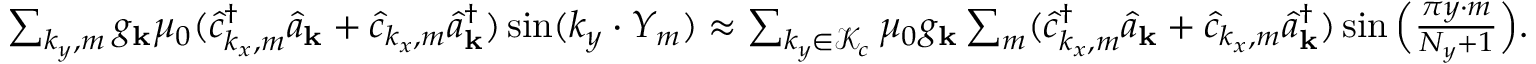
\begin{array} { r l } & { \sum _ { k _ { y } , m } { g _ { \bf k } } \mu _ { 0 } ( \hat { c } _ { k _ { x } , m } ^ { \dagger } \hat { a } _ { \bf k } + \hat { c } _ { k _ { x } , m } \hat { a } _ { \bf k } ^ { \dagger } ) \sin ( k _ { y } \cdot Y _ { m } ) \approx \sum _ { k _ { y } \in \mathcal { K } _ { c } } \mu _ { 0 } { g _ { \bf k } } \sum _ { m } ( \hat { c } _ { k _ { x } , m } ^ { \dagger } \hat { a } _ { \bf k } + \hat { c } _ { k _ { x } , m } \hat { a } _ { \bf k } ^ { \dagger } ) \sin \Big ( \frac { \pi y \cdot m } { N _ { y } + 1 } \Big ) . } \end{array}